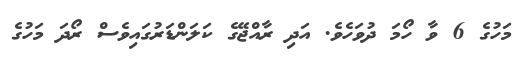
މަހުގެ 6 ވާ ހޯމަ ދުވަހެވެ. އަދި ރާއްޖޭގެ ކަލަންޑަރުގައިވެސް ރޯދަ މަހުގެ